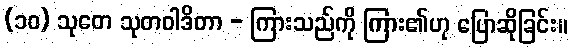
(၁၀) သုတေ သုတဝါဒိတာ - ကြားသည်ကို ကြား၏ဟု ပြောဆိုခြင်း။